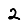
Digit: 2